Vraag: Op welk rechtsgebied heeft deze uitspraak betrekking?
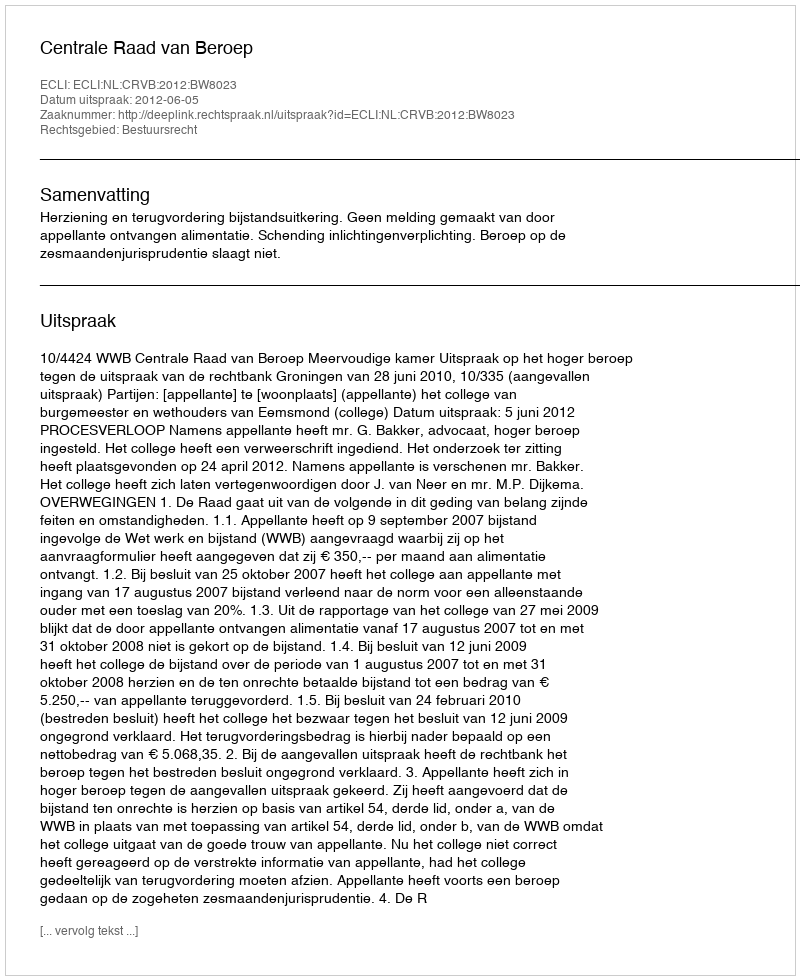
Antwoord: Bestuursrecht